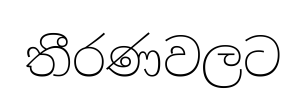
තීරණවලට